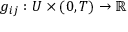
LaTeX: g _ { i j } : U \times ( 0 , T ) \to \mathbb { R }